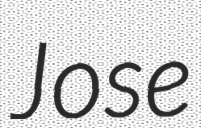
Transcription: Jose